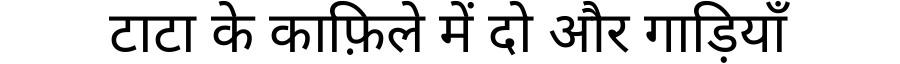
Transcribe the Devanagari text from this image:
टाटा के काफ़िले में दो और गाड़ियाँ